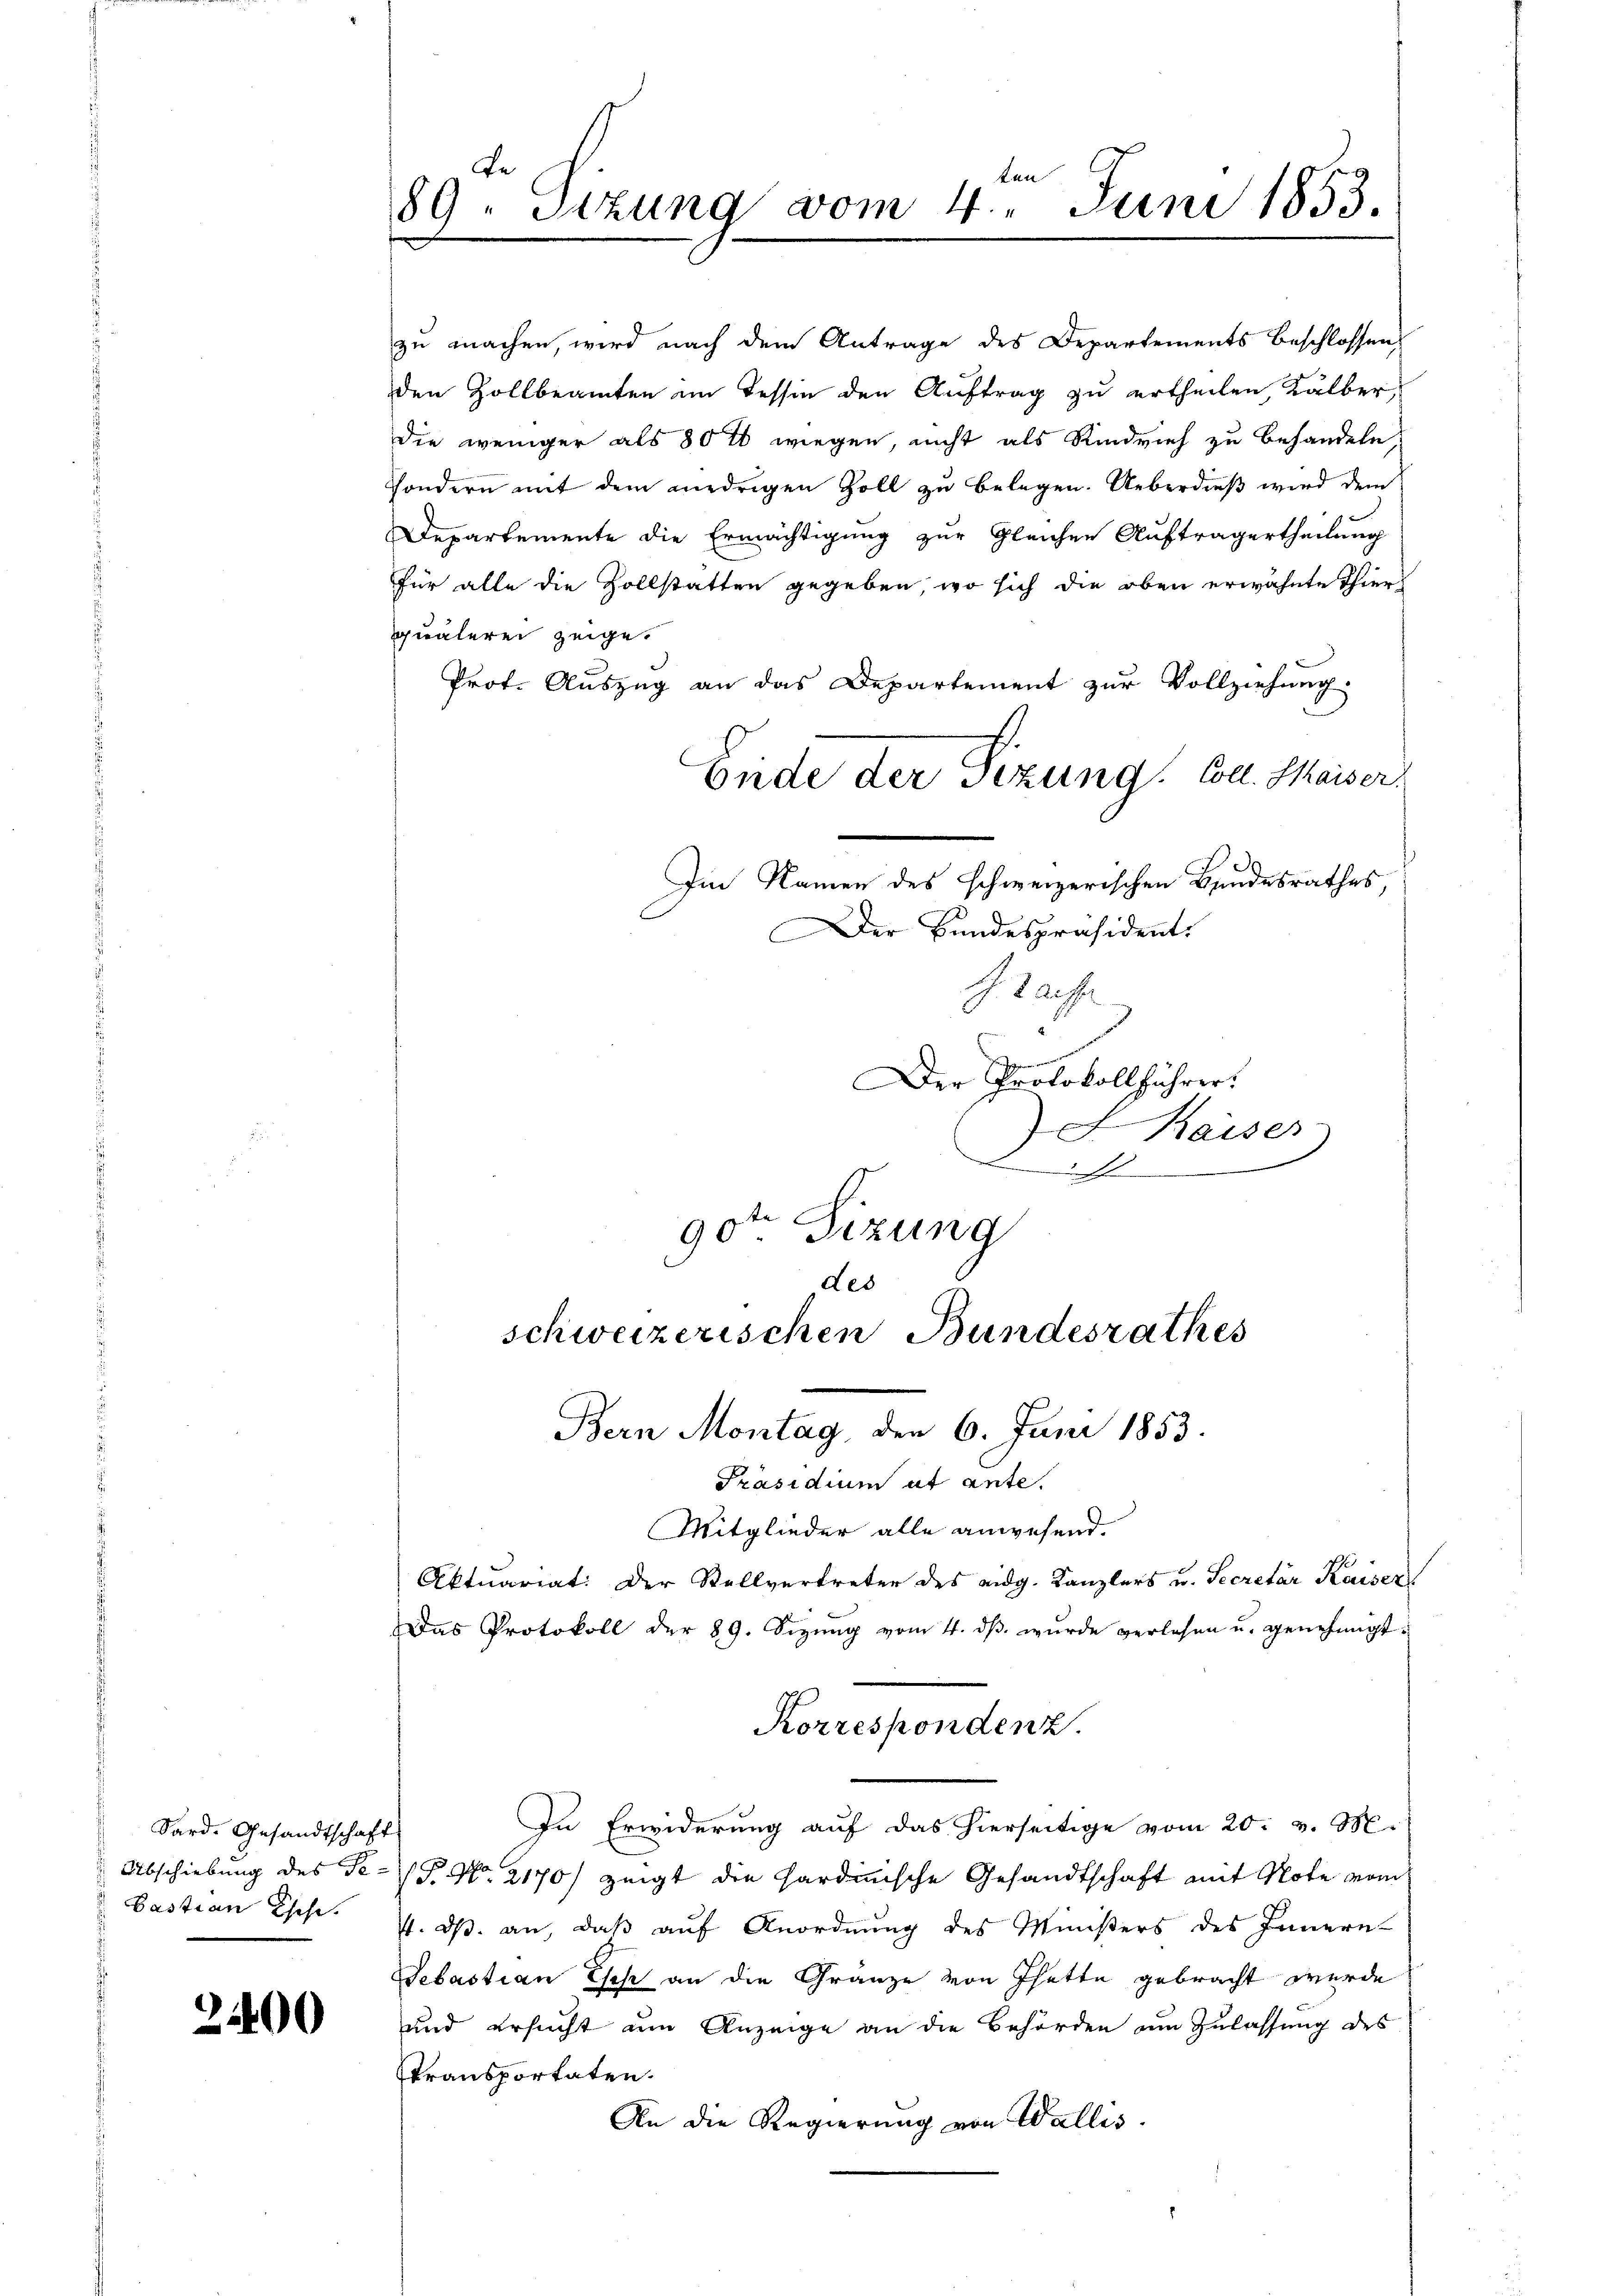
Sard. Gesandtschaft
Pastian Chose.

2400

Beten
89 - Sizung vom 4. Juni 1853.

zu machen, wird nach dem Antrage des Departements beschlossen
den Zollbeamten im Tessin den Auftrag zu ertheilen, Kälber,
die weniger als 80 tt wiegen, nicht als Rindvieh zu behandeln,
sondern mit dem niedrigen Zoll zu belegen. Ueberdieβ wird dem
Departemente die Ermächtigung zur Gleichen Auftragertheilung
für alle die Zollstatten gegeben, wo sich die oben erwähnte Thier
quälerei zeige.
Prof. Auszug an das Departement zur Vollziehung.
Eide der Sizung. Coll. Maiser,
Im Namen des schweizerischen Bundesrathes,
Der Bundespräsident.

J. Lauff

e
Der Protokollführer.

Kaiser
77
90ten Sizung
des

Präsidium ut ante.
Mitglieder alle anwesend.
Aktuariat: Der Stellvertreter des eidg. Kanzlers u. Secretär Kaiser
Das Protokoll der 89. Sizŭng vom 4. dβ. wurde verlesen u. genehmigt:
In Erwiderung auf das hierseitige vom 20. v. M.
Abschiebung des P. P. Nr. 2170) zeigt die hardinische Gesandtschaft mit Note vom
7. ds. an, daß auf Anordnung des Ministers des Innern
Sebastian Esch an die Gränze von Thatte gebracht werde
und ersucht um Anzeige an die Behörden um Zulassung des
transportaten.
An die Regierung von Wallis.

schweizerischen Bundesrathes
Bern Montag, den 6. Juni 1853.

Korrespondenz.